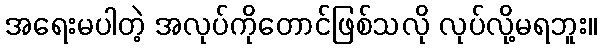
အရေးမပါတဲ့ အလုပ်ကိုတောင်ဖြစ်သလို လုပ်လို့မရဘူး။